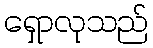
ရှောလုသည်